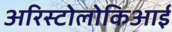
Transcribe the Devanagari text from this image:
अरिस्टोलोकिआई